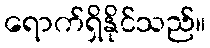
ရောက်ရှိနိုင်သည်။